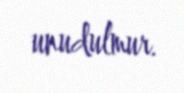
unudulmur.